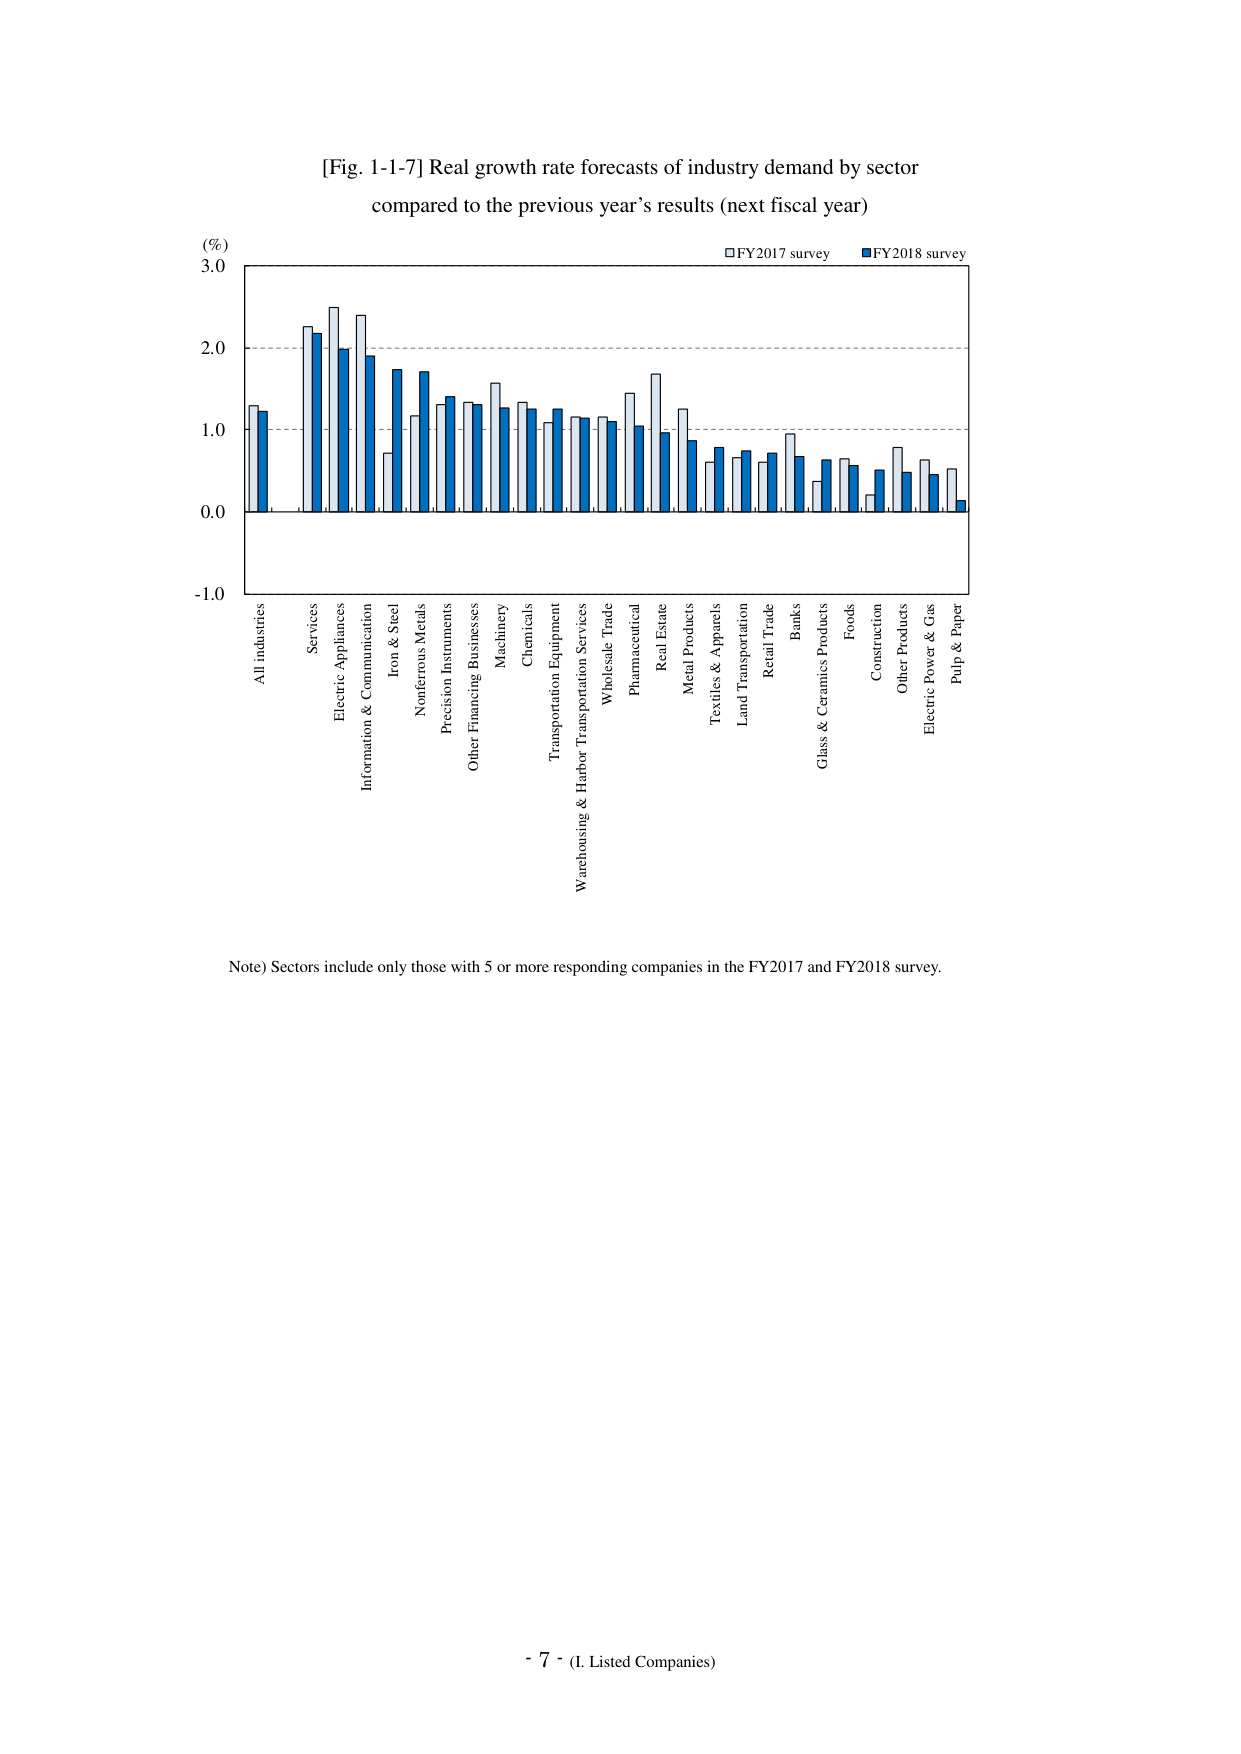
[Fig. 1-1-7] Real growth rate forecasts of industry demand by sector
compared to the previous year’s results (next fiscal year)

(%)
3.0
2.0
1.0
0.0
-1.0

□ FY2017 survey
■ FY2018 survey

All industries
Services
Electric Appliances
Information & Communication
Iron & Steel
Nonferrous Metals
Precision Instruments
Other Financing Businesses
Machinery
Chemicals
Transportation Equipment
Warehousing & Harbor Transportation Services
Wholesale Trade
Pharmaceutical
Real Estate
Metal Products
Textiles & Apparels
Land Transportation
Retail Trade
Banks
Glass & Ceramics Products
Foods
Construction
Other Products
Electric Power & Gas
Pulp & Paper

Note) Sectors include only those with 5 or more responding companies in the FY2017 and FY2018 survey.

- 7 - (I. Listed Companies)